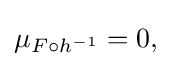
\displaystyle {\mu _{F\circ h^{-1}}=0,}